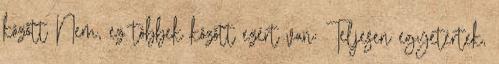
között Nem, ez többek között ezért van: Teljesen egyetértek,